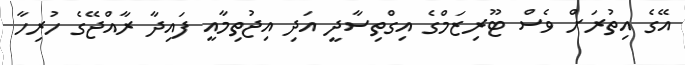
އޭގެ އިތުރަށް ވެސް ޓޫރިޒަމްގެ އިގްތިސާދީ އަދި އިޖުތިމާއީ ފައިދާ ރާއްޖޭގެ ހުރިހާ